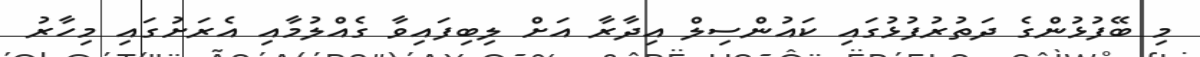
މި ބޭފުޅުންގެ ދަތުރުފުޅުގައި ކައުންސިލް އިދާރާ އަށް ލިބިފައިވާ ގެއްލުމާއި އެރަށުގައި މިހާރު